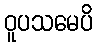
ဝူပသမေပိ